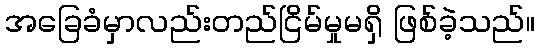
အခြေခံမှာလည်းတည်ငြိမ်မှုမရှိ ဖြစ်ခဲ့သည်။